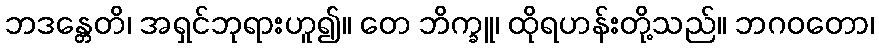
ဘဒန္တေတိ၊ အရှင်ဘုရားဟူ၍။ တေ ဘိက္ခူ၊ ထိုရဟန်းတို့သည်။ ဘဂဝတော၊